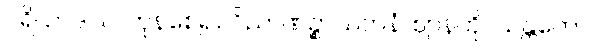
ပရိယာဒါယ၊ ကုန်စေ၍။ ဝိညာဏဉ္စာယတနံ၊ ဈာန်ကို။ သန္တတော၊